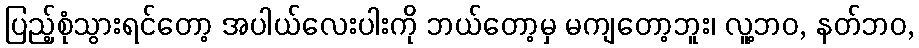
ပြည့်စုံသွားရင်တော့ အပါယ်လေးပါးကို ဘယ်တော့မှ မကျတော့ဘူး၊ လူ့ဘဝ, နတ်ဘဝ,